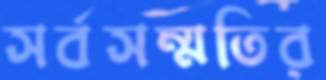
সর্বসম্মতির